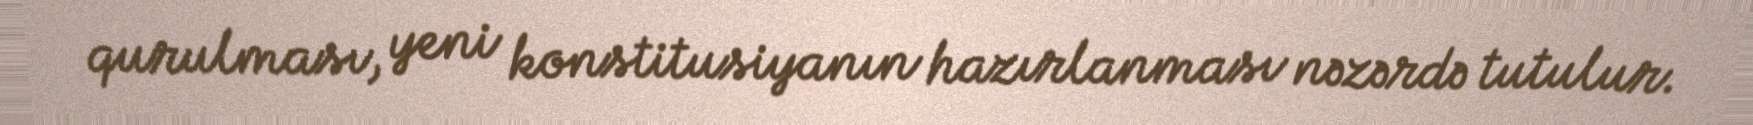
qurulması, yeni konstitusiyanın hazırlanması nəzərdə tutulur.